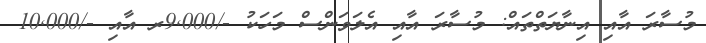
މުސާރަ އާއި އިނާޔަތްތައް: މުސާރަ އާއި އެލަވަންސް މަހަކު -/9